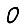
Digit: 0